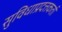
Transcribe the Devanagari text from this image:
सुविधाप्रदत्तकर्ता